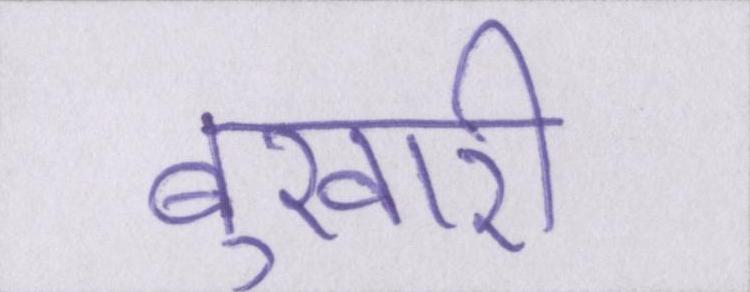
बुखारी